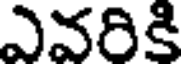
ఎవరికి